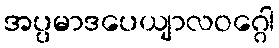
အပ္ပမာဒပေယျာလဝဂ္ဂေါ